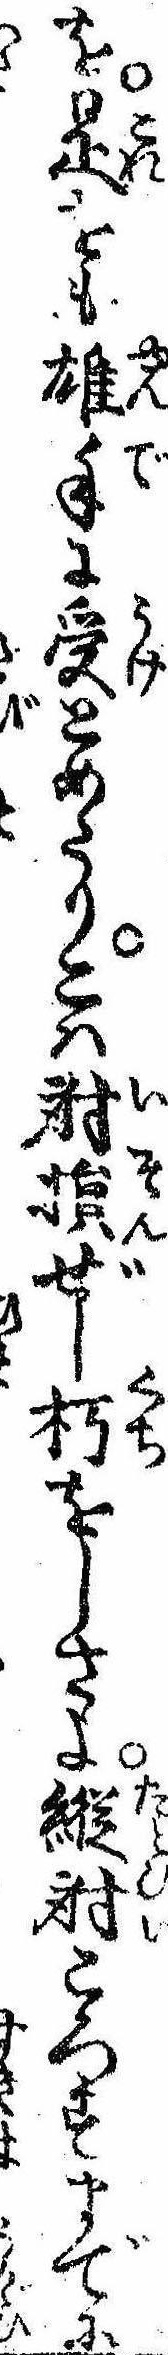
を是をも雄手に受とめたりこは射損ぜし朽をしさよ縦射ころすまでに